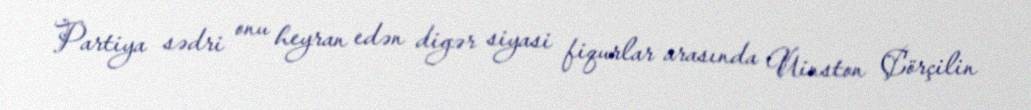
Partiya sədri onu heyran edən digər siyasi fiqurlar arasında Uinston Çörçilin